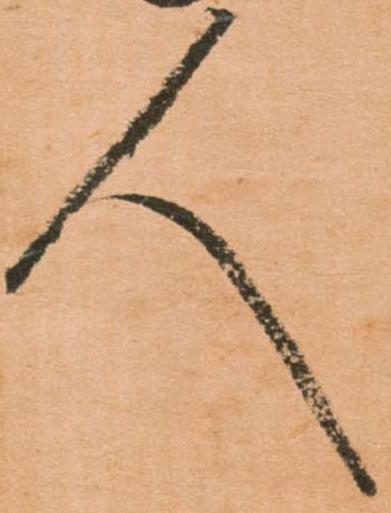
人